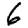
Digit: 6